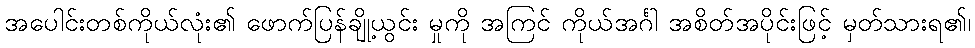
အပေါင်းတစ်ကိုယ်လုံး၏ ဖောက်ပြန်ချို့ယွင်း မှုကို အကြင် ကိုယ်အင်္ဂါ အစိတ်အပိုင်းဖြင့် မှတ်သားရ၏၊